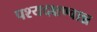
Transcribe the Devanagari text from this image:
पश्यदक्षण्वान्न